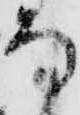
な